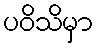
ပဝိသိမှာ